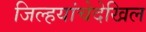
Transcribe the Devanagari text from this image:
जिल्हयांचेदेखिल